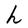
Character: h